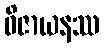
ဝိဇာယနဿ